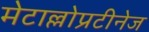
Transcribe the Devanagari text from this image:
मेटाल्लोप्रटीनेज